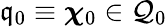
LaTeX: \mathfrak{q}_{0}\equiv\boldsymbol{\chi}_{0}\in\mathcal{{Q}}_{0}